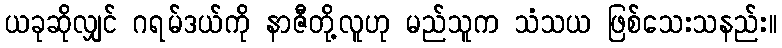
ယခုဆိုလျှင် ဂရမ်ဒယ်ကို နာဇီတို့လူဟု မည်သူက သံသယ ဖြစ်သေးသနည်း။